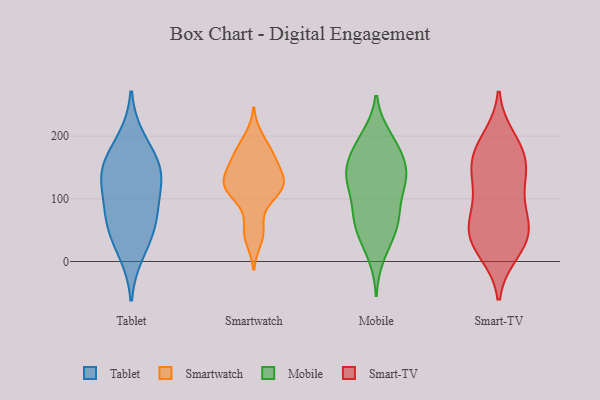
{"axis": {"x": "Inventory Turnover", "y": "Value"}, "legend": ["Mobile", "Smart-TV", "Smartwatch", "Tablet"], "data": [{"x": "", "y": 137, "type": "Tablet"}, {"x": "", "y": 59, "type": "Tablet"}, {"x": "", "y": 145, "type": "Tablet"}, {"x": "", "y": 49, "type": "Tablet"}, {"x": "", "y": 101, "type": "Tablet"}, {"x": "", "y": 161, "type": "Tablet"}, {"x": "", "y": 77, "type": "Tablet"}, {"x": "", "y": 137, "type": "Tablet"}, {"x": "", "y": 14, "type": "Tablet"}, {"x": "", "y": 195, "type": "Tablet"}, {"x": "", "y": 116, "type": "Smartwatch"}, {"x": "", "y": 170, "type": "Smartwatch"}, {"x": "", "y": 34, "type": "Smartwatch"}, {"x": "", "y": 52, "type": "Smartwatch"}, {"x": "", "y": 88, "type": "Smartwatch"}, {"x": "", "y": 164, "type": "Smartwatch"}, {"x": "", "y": 125, "type": "Smartwatch"}, {"x": "", "y": 121, "type": "Smartwatch"}, {"x": "", "y": 188, "type": "Smartwatch"}, {"x": "", "y": 106, "type": "Smartwatch"}, {"x": "", "y": 164, "type": "Smartwatch"}, {"x": "", "y": 199, "type": "Smartwatch"}, {"x": "", "y": 123, "type": "Smartwatch"}, {"x": "", "y": 146, "type": "Smartwatch"}, {"x": "", "y": 157, "type": "Smartwatch"}, {"x": "", "y": 126, "type": "Smartwatch"}, {"x": "", "y": 119, "type": "Smartwatch"}, {"x": "", "y": 127, "type": "Smartwatch"}, {"x": "", "y": 45, "type": "Smartwatch"}, {"x": "", "y": 114, "type": "Mobile"}, {"x": "", "y": 175, "type": "Mobile"}, {"x": "", "y": 58, "type": "Mobile"}, {"x": "", "y": 101, "type": "Mobile"}, {"x": "", "y": 59, "type": "Mobile"}, {"x": "", "y": 125, "type": "Mobile"}, {"x": "", "y": 186, "type": "Mobile"}, {"x": "", "y": 146, "type": "Mobile"}, {"x": "", "y": 64, "type": "Mobile"}, {"x": "", "y": 149, "type": "Mobile"}, {"x": "", "y": 199, "type": "Mobile"}, {"x": "", "y": 196, "type": "Mobile"}, {"x": "", "y": 81, "type": "Mobile"}, {"x": "", "y": 136, "type": "Mobile"}, {"x": "", "y": 32, "type": "Mobile"}, {"x": "", "y": 10, "type": "Mobile"}, {"x": "", "y": 162, "type": "Mobile"}, {"x": "", "y": 135, "type": "Mobile"}, {"x": "", "y": 137, "type": "Mobile"}, {"x": "", "y": 61, "type": "Mobile"}, {"x": "", "y": 52, "type": "Smart-TV"}, {"x": "", "y": 196, "type": "Smart-TV"}, {"x": "", "y": 67, "type": "Smart-TV"}, {"x": "", "y": 164, "type": "Smart-TV"}, {"x": "", "y": 185, "type": "Smart-TV"}, {"x": "", "y": 150, "type": "Smart-TV"}, {"x": "", "y": 118, "type": "Smart-TV"}, {"x": "", "y": 62, "type": "Smart-TV"}, {"x": "", "y": 57, "type": "Smart-TV"}, {"x": "", "y": 41, "type": "Smart-TV"}, {"x": "", "y": 30, "type": "Smart-TV"}, {"x": "", "y": 144, "type": "Smart-TV"}, {"x": "", "y": 99, "type": "Smart-TV"}, {"x": "", "y": 177, "type": "Smart-TV"}, {"x": "", "y": 14, "type": "Smart-TV"}, {"x": "", "y": 136, "type": "Smart-TV"}, {"x": "", "y": 18, "type": "Smart-TV"}]}